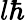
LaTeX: l\hbar